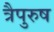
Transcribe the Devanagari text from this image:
त्रैपुरुष